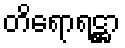
တိရောရဋ္ဌာ